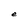
Character: e